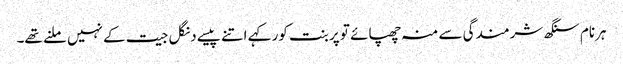
ہرنام سنگھ شرمندگی سے منہ چھپائے تو پربنت کور کہے اتنے پیسے دنگل جیت کے نہیں ملنے تھے۔